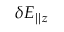
\delta E _ { \parallel z }